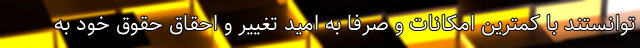
توانستند با کمترین امکانات و صرفا به امید تغییر و احقاق حقوق خود به